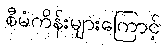
စီမံကိန်းများကြောင့်